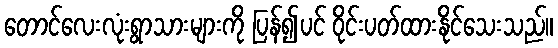
တောင်လေးလုံးရွာသားများကို ပြန်၍ပင် ဝိုင်းပတ်ထားနိုင်သေးသည်။